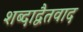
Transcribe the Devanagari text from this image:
शब्दाद्वैतवाद